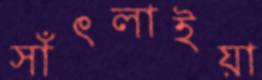
সাঁৎলাইয়া